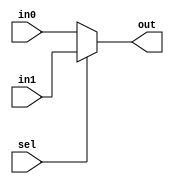
module mux_2to1(in0, in1, sel, out);

	input in0, in1, sel;
	
	output out;
	
	assign out = sel ? in1 : in0;
	
endmodule